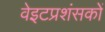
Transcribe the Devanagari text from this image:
वेइटप्रशंसकों